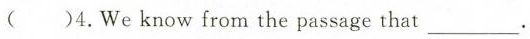
( )4.We know from the passage that___.